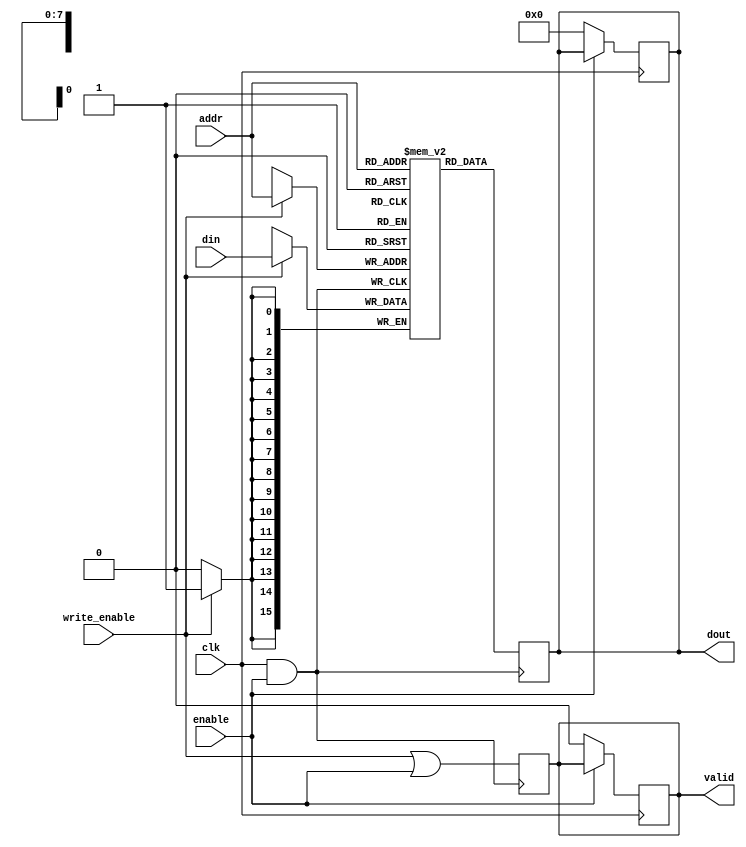
module memory_block #(
    parameter ADDR_WIDTH = 8,
    parameter DATA_WIDTH = 16,
    parameter MEM_DEPTH = 256
)(
    input wire clk,                   // Main clock input
    input wire enable,                // External enable signal for the memory block
    input wire write_enable,          // Write enable signal
    input wire [ADDR_WIDTH-1:0] addr, // Memory address input
    input wire [DATA_WIDTH-1:0] din,  // Data input
    output reg [DATA_WIDTH-1:0] dout,  // Data output
    output reg valid                  // Output valid signal
);

// Memory array declaration (SRAM model)
reg [DATA_WIDTH-1:0] memory [0:MEM_DEPTH-1];

// Clock gating logic
wire gated_clk;

generate
    // Static clock gating logic
    if (MEM_DEPTH > 0) begin
        assign gated_clk = clk & enable; // Gated clock is enabled only when enable is asserted
    end
endgenerate

// Memory operations
always @(posedge gated_clk) begin
    if (write_enable) begin
        // Write operation
        memory[addr] <= din;
    end
    dout <= memory[addr]; // Read operation
    valid <= write_enable | enable; // Set valid high if there's a write or the block is enabled
end

// Optional: Handle asynchronous read
always @(posedge clk) begin
    if (!enable) begin
        dout <= {DATA_WIDTH{1'b0}}; // Output data zero when not enabled
        valid <= 1'b0; // Set valid low when not enabled
    end
end

endmodule